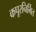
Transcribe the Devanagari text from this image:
कपूरनिर्मित